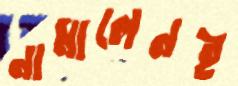
নামালেনই